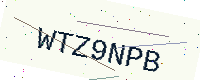
Text: WTZ9NPB